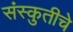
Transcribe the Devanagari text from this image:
संस्कुतीचे